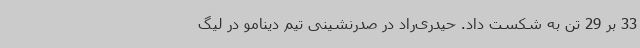
33 بر 29 تن به شکست داد. حیدری‌راد در صدرنشینی تیم دینامو در لیگ